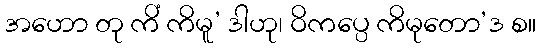
အဟော တု ကိံ ကိမူ’ ဒါဟု၊ ဝိကပ္ပေ ကိမုတော’ဒ စ။